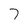
Character: 7